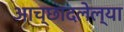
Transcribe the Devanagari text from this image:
आच्छादलेल्या